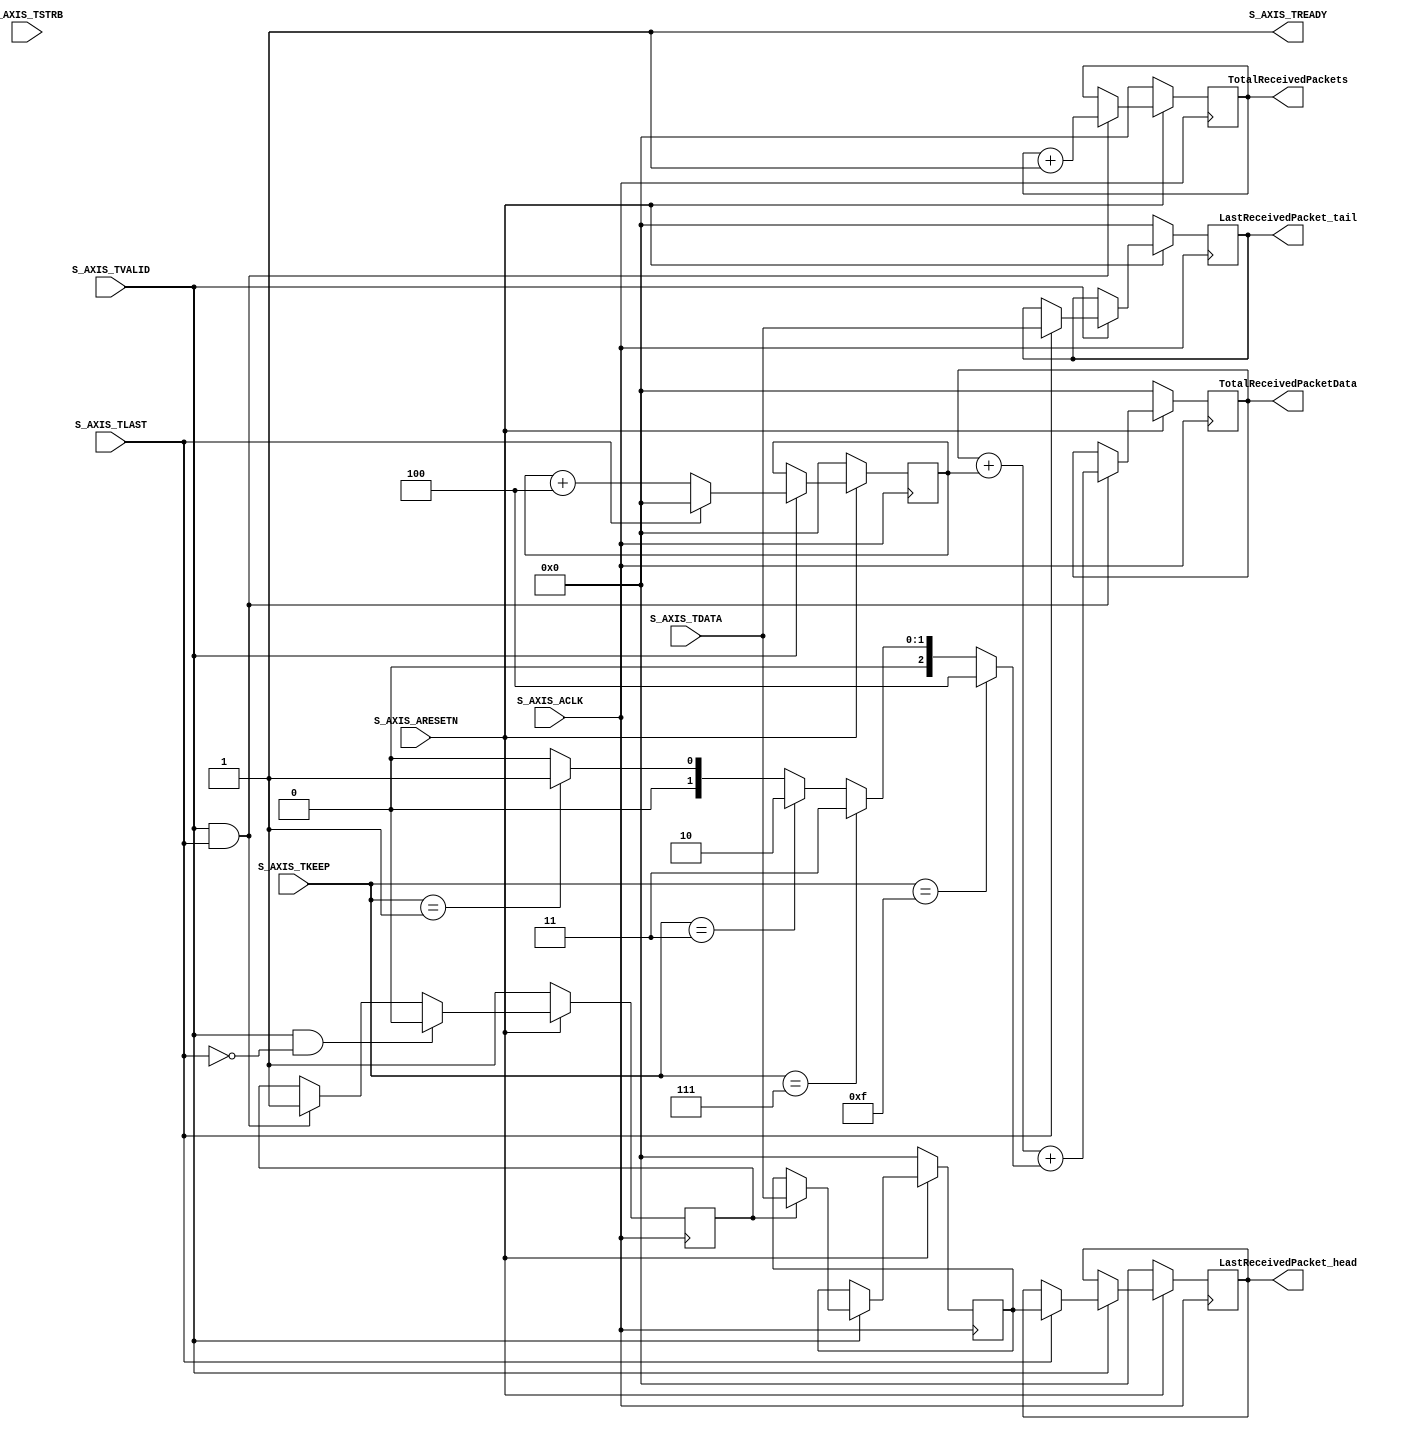
// Sadri - May - 06 - 2015 - updated !

// This is a simple axi stream slave plug which reads the incoming packets and reflects their statistics.


`timescale 1 ns / 1 ps

module sample_generator_v2_0_S_AXIS #
(
	// Users to add parameters here
	// User parameters ends
	// Do not modify the parameters beyond this line

	// AXI4Stream sink: Data Width
	parameter integer C_S_AXIS_TDATA_WIDTH	= 32
)
(
	// Users to add ports here
	output 	reg 	[31:0]		TotalReceivedPacketData,
	output 	reg 	[31:0]		TotalReceivedPackets,
	output 	reg 	[31:0]		LastReceivedPacket_head,
	output 	reg 	[31:0]		LastReceivedPacket_tail,
	// User ports ends
	// Do not modify the ports beyond this line

	// AXI4Stream sink: Clock
	input wire  S_AXIS_ACLK,
	// AXI4Stream sink: Reset
	input wire  S_AXIS_ARESETN,
	// Ready to accept data in
	output wire  S_AXIS_TREADY,
	// Data in
	input wire [C_S_AXIS_TDATA_WIDTH-1 : 0] S_AXIS_TDATA,
	// Byte qualifier
	input wire [(C_S_AXIS_TDATA_WIDTH/8)-1 : 0] S_AXIS_TSTRB,
	input wire [(C_S_AXIS_TDATA_WIDTH/8)-1 : 0] S_AXIS_TKEEP,
	// Indicates boundary of last packet
	input wire  S_AXIS_TLAST,
	// Data is in valid
	input wire  S_AXIS_TVALID
);

/////////////////////////////////////////////////////////////////////////
//
// Clock and Reset 
//
/////////////////////////////////////////////////////////////////////////
wire 		Clk; 
wire 		ResetL; 

assign Clk = S_AXIS_ACLK; 
assign ResetL = S_AXIS_ARESETN;

/////////////////////////////////////////////////////////////////////////
//
// tvalid 
//
/////////////////////////////////////////////////////////////////////////

assign S_AXIS_TREADY = 1; 		// always ready to received data 

/////////////////////////////////////////////////////////////////////////
//
// Total received packet data 
//
/////////////////////////////////////////////////////////////////////////

reg 	[31:0]		packetSizeCounter; 
wire 	[7:0]		numberOfValidBytes;

assign numberOfValidBytes = 	( S_AXIS_TKEEP == 4'hf ) ? 4 : 
				( S_AXIS_TKEEP == 4'h7 ) ? 3 : 
				( S_AXIS_TKEEP == 4'h3 ) ? 2 : 
				( S_AXIS_TKEEP == 4'h1 ) ? 1 : 0; 

always @(posedge Clk) 
	if ( ! ResetL ) begin 
		TotalReceivedPacketData <= 0; 
		packetSizeCounter <= 0; 
	end 
	else begin 
		if ( S_AXIS_TVALID ) begin 
			if ( S_AXIS_TLAST ) begin 
				packetSizeCounter <= 0; 
			end 
			else begin 
				packetSizeCounter <= packetSizeCounter + 4; 
			end 
		end 
		else begin 
			packetSizeCounter <= packetSizeCounter; 
		end 
		
		if ( S_AXIS_TVALID && S_AXIS_TLAST ) begin 
			TotalReceivedPacketData <= TotalReceivedPacketData + packetSizeCounter + numberOfValidBytes; 
		end 
		else begin 
			TotalReceivedPacketData <= TotalReceivedPacketData;
		end 
		
	end 

/////////////////////////////////////////////////////////////////////////
//
// Total Received Packets 
//
/////////////////////////////////////////////////////////////////////////

always @(posedge Clk)
	if ( ! ResetL ) begin 
		TotalReceivedPackets <= 0; 
	end 
	else begin 
		if ( S_AXIS_TVALID && S_AXIS_TLAST ) 
			TotalReceivedPackets <= TotalReceivedPackets + 1; 
	end 
	
/////////////////////////////////////////////////////////////////////////
//
// Last packet head and tail 
//
/////////////////////////////////////////////////////////////////////////

reg 		headIsGoingToArrive; 
reg	[31:0]	lastReceivedPacket_headR; 

always @(posedge Clk)
	if ( ! ResetL ) begin 
		headIsGoingToArrive <= 1; 
	end 
	else begin 
		if ( S_AXIS_TVALID && ( ! S_AXIS_TLAST ) )
			headIsGoingToArrive <= 0; 
		else if ( S_AXIS_TVALID && S_AXIS_TLAST ) 
			headIsGoingToArrive <= 1; 
		else 
			headIsGoingToArrive <= headIsGoingToArrive; 
	end 
	
always @(posedge Clk) 
	if ( ! ResetL ) begin 
		LastReceivedPacket_head <= 0; 
		lastReceivedPacket_headR <= 0; 
		LastReceivedPacket_tail <= 0; 
	end 
	else begin 
		if ( S_AXIS_TVALID ) begin 
			if ( headIsGoingToArrive ) begin 
				lastReceivedPacket_headR <= S_AXIS_TDATA; 
			end 
				
			if ( S_AXIS_TLAST ) begin 
				LastReceivedPacket_tail <= S_AXIS_TDATA;
				LastReceivedPacket_head <= lastReceivedPacket_headR;
			end 
		end 
	end 
			
endmodule